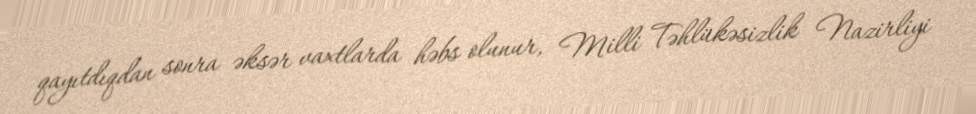
qayıtdıqdan sonra əksər vaxtlarda həbs olunur, Milli Təhlükəsizlik Nazirliyi